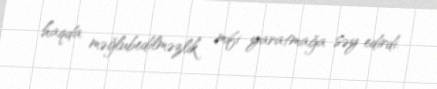
haqda məğlubedilməzlik mifi yaratmağa səy edirdi.